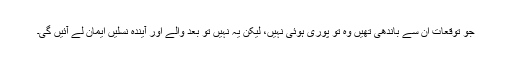
جو توقعات ان سے باندھی تھیں وہ تو پوری ہوئی نہیں، لیکن یہ نہیں تو بعد والے اور آیندہ نسلیں ایمان لے آئیں گی۔